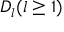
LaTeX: D _ { l } ( l \geq 1 )